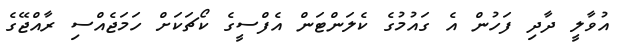
އުވާލީ ދާދި ފަހުން އެ ގައުމުގެ ކެލަންޓަން އެފްސީގެ ކޯޗަކަށް ހަމަޖެއްސި ރާއްޖޭގެ